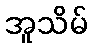
အူသိမ်